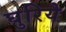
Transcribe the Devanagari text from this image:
घुरिये